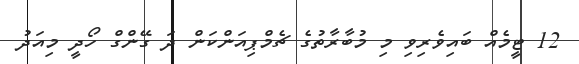
12 ޓީމެއް ބައިވެރިވި މި މުބާރާތުގެ ޗެމްޕިއަންކަން ދަ ގޭންގް ހޯދީ މިއަދު